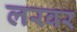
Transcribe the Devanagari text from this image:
लरवर